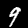
Label: 9